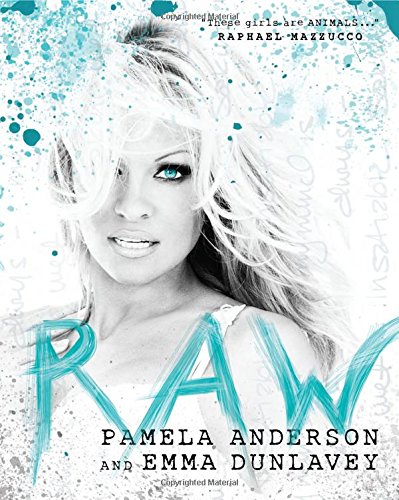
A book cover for Raw; Pamela Anderson; Arts & Photography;